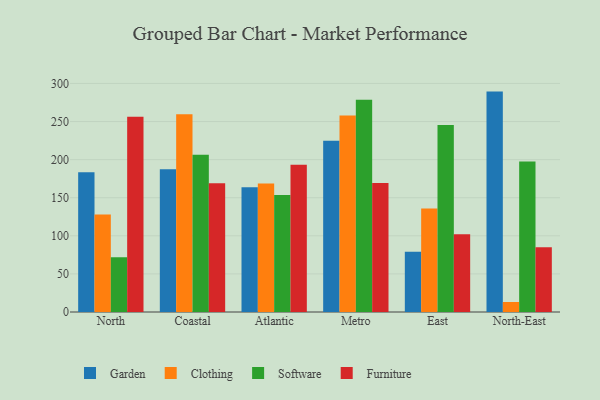
{"axis": {"x": "Region", "y": "Website Visitors"}, "legend": ["Clothing", "Furniture", "Garden", "Software"], "data": [{"x": "North", "y": 183.3, "type": "Garden"}, {"x": "North", "y": 128.1, "type": "Clothing"}, {"x": "North", "y": 71.9, "type": "Software"}, {"x": "North", "y": 256.3, "type": "Furniture"}, {"x": "Coastal", "y": 187.4, "type": "Garden"}, {"x": "Coastal", "y": 259.7, "type": "Clothing"}, {"x": "Coastal", "y": 206.3, "type": "Software"}, {"x": "Coastal", "y": 168.9, "type": "Furniture"}, {"x": "Atlantic", "y": 163.9, "type": "Garden"}, {"x": "Atlantic", "y": 168.8, "type": "Clothing"}, {"x": "Atlantic", "y": 153.5, "type": "Software"}, {"x": "Atlantic", "y": 193.4, "type": "Furniture"}, {"x": "Metro", "y": 224.9, "type": "Garden"}, {"x": "Metro", "y": 258.0, "type": "Clothing"}, {"x": "Metro", "y": 278.6, "type": "Software"}, {"x": "Metro", "y": 169.4, "type": "Furniture"}, {"x": "East", "y": 79.2, "type": "Garden"}, {"x": "East", "y": 136.0, "type": "Clothing"}, {"x": "East", "y": 245.6, "type": "Software"}, {"x": "East", "y": 101.9, "type": "Furniture"}, {"x": "North-East", "y": 289.3, "type": "Garden"}, {"x": "North-East", "y": 13.1, "type": "Clothing"}, {"x": "North-East", "y": 197.7, "type": "Software"}, {"x": "North-East", "y": 85.1, "type": "Furniture"}]}